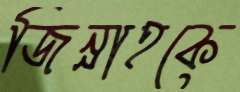
জিন্নাহকে